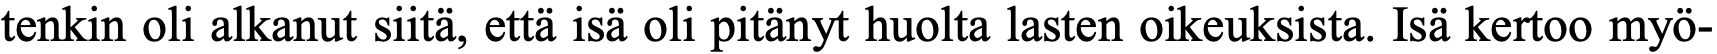
tenkin oli alkanut siitä, että isä oli pitänyt huolta lasten oikeuksista. Isä kertoo myö-